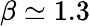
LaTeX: \beta\simeq 1.3